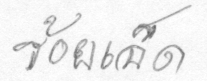
ร้อยเอ็ด